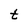
Character: t